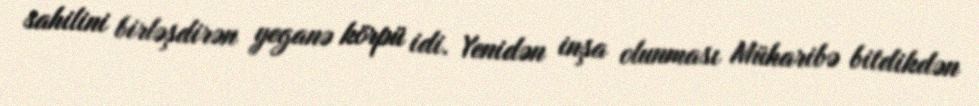
sahilini birləşdirən yeganə körpü idi. Yenidən inşa olunması Müharibə bitdikdən